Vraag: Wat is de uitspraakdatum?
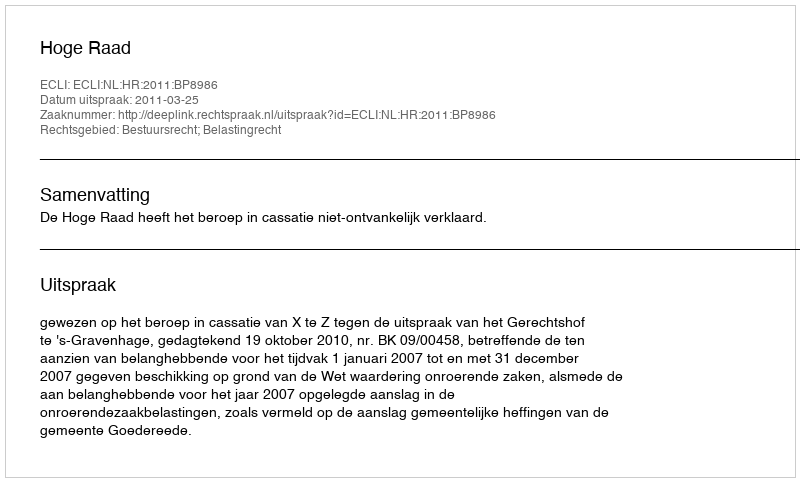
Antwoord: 2011-03-25